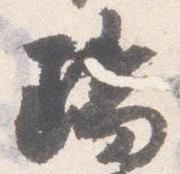
瑞